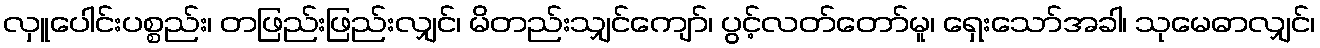
လှူပေါင်းပစ္စည်း၊ တဖြည်းဖြည်းလျှင်၊ မိတည်းသျှင်ကျော်၊ ပွင့်လတ်တော်မူ၊ ရှေးသော်အခါ၊ သုမေဓာလျှင်၊